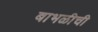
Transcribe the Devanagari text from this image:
बाभळीची